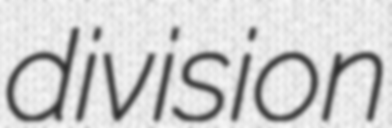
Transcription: division